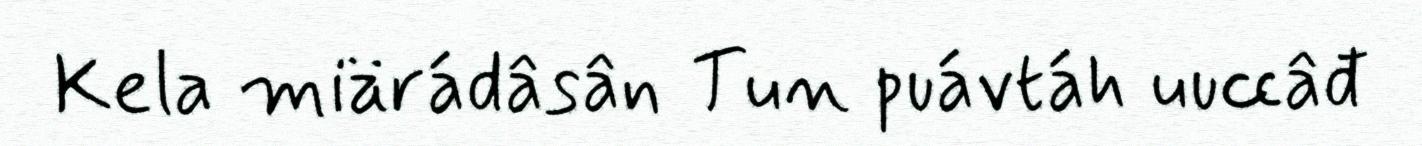
Kela miärádâsân Tun puávtáh uuccâđ